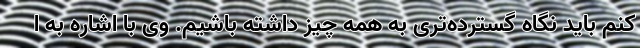
کنم باید نگاه گسترده‌تری به همه چیز داشته باشیم. وی با اشاره به ا